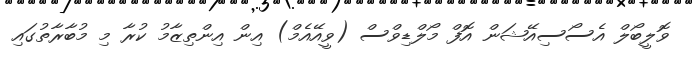
ވޮލީބޯލް އެސޯސިއޭޝަން އޮފް މޯލްޑިވްސް (ވީއޭއެމް) އިން އިންތިޒާމު ކުރާ މި މުބާރާތުގައި